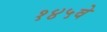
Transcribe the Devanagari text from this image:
१४५वे